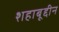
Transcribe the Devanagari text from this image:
शहाबूद्दीन